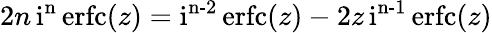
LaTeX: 2n\operatorname{i^{n}erfc}(z)=\operatorname{i^{n-2}erfc}(z)-2z\operatorname{i^{n-1}erfc}(z)